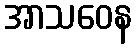
အာသဝေန